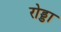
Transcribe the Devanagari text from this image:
रोड्डा